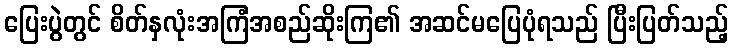
ပြေးပွဲတွင် စိတ်နှလုံးအကြံအစည်ဆိုးကြ၏ အဆင်မပြေပုံရသည် ပြီးပြတ်သည့်